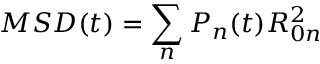
M S D ( t ) = \sum _ { n } P _ { n } ( t ) R _ { 0 n } ^ { 2 }